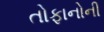
તોફાનોની